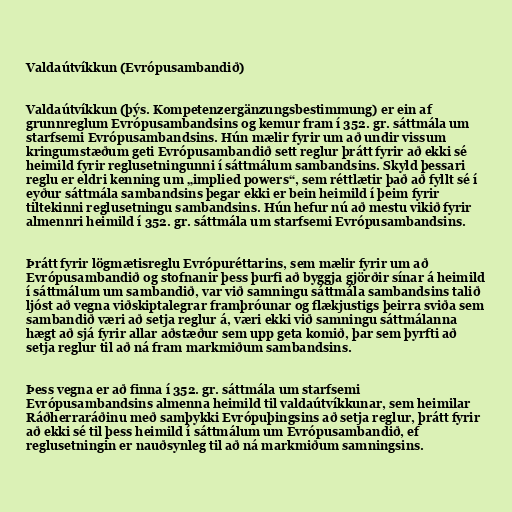
Valdaútvíkkun (Evrópusambandið)

Valdaútvíkkun (þýs. Kompetenzergänzungsbestimmung) er ein af
grunnreglum Evrópusambandsins og kemur fram í 352. gr. sáttmála um
starfsemi Evrópusambandsins. Hún mælir fyrir um að undir vissum
kringumstæðum geti Evrópusambandið sett reglur þrátt fyrir að ekki sé
heimild fyrir reglusetningunni í sáttmálum sambandsins. Skyld þessari
reglu er eldri kenning um „implied powers“, sem réttlætir það að fyllt sé í
eyður sáttmála sambandsins þegar ekki er bein heimild í þeim fyrir
tiltekinni reglusetningu sambandsins. Hún hefur nú að mestu vikið fyrir
almennri heimild í 352. gr. sáttmála um starfsemi Evrópusambandsins.

Þrátt fyrir lögmætisreglu Evrópuréttarins, sem mælir fyrir um að
Evrópusambandið og stofnanir þess þurfi að byggja gjörðir sínar á heimild
í sáttmálum um sambandið, var við samningu sáttmála sambandsins talið
ljóst að vegna viðskiptalegrar framþróunar og flækjustigs þeirra sviða sem
sambandið væri að setja reglur á, væri ekki við samningu sáttmálanna
hægt að sjá fyrir allar aðstæður sem upp geta komið, þar sem þyrfti að
setja reglur til að ná fram markmiðum sambandsins.

Þess vegna er að finna í 352. gr. sáttmála um starfsemi
Evrópusambandsins almenna heimild til valdaútvíkkunar, sem heimilar
Ráðherraráðinu með samþykki Evrópuþingsins að setja reglur, þrátt fyrir
að ekki sé til þess heimild í sáttmálum um Evrópusambandið, ef
reglusetningin er nauðsynleg til að ná markmiðum samningsins.